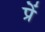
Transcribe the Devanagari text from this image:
प्रें